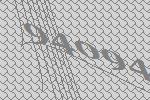
94094